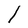
Character: l